Annual statistical returns and brief notes on vaccination in Bengal - 1909-1929
Year: 1909
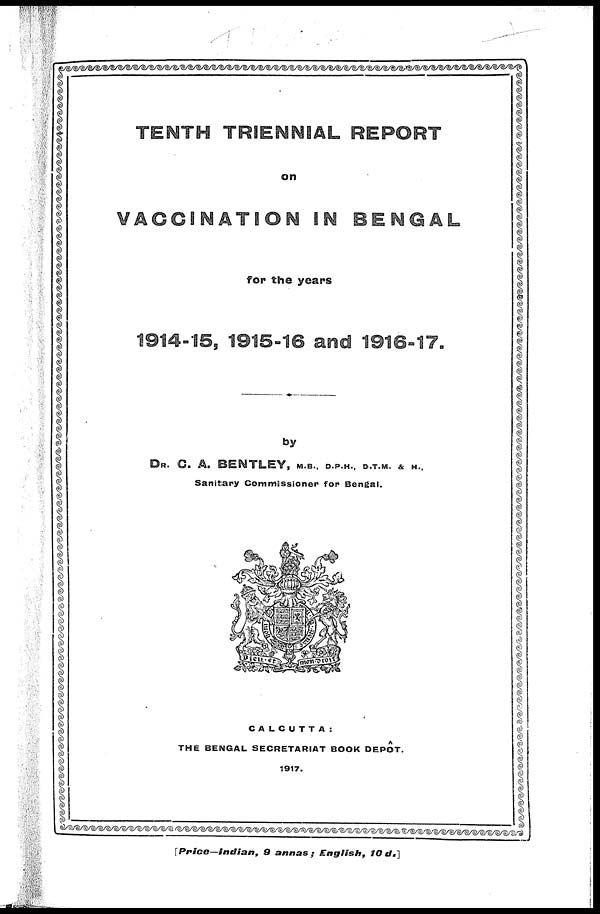
TENTH TRIENNIAL REPORT
on
VACCINATION IN BENGAL
for the years
1914-15, 1915-16 and 1916-17.
by
DR. C. A. BENTLEY, M.B., D.P.H., D.T.M. & H.,
Sanitary Commissioner for Bengal.
CALCUTTA:
THE BENGAL SECRETARIAT BOOK DEPÔT.
1917.
[Price—Indian, 9 annas;
English,
10d.]